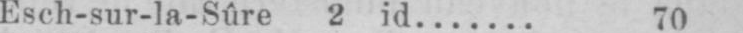
Esch-sur-la-Sûre 2 id....... 70